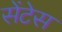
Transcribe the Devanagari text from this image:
सेंटेस